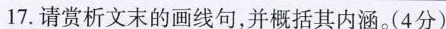
17.请赏析文末的画线句，并概括其内涵。(4分)